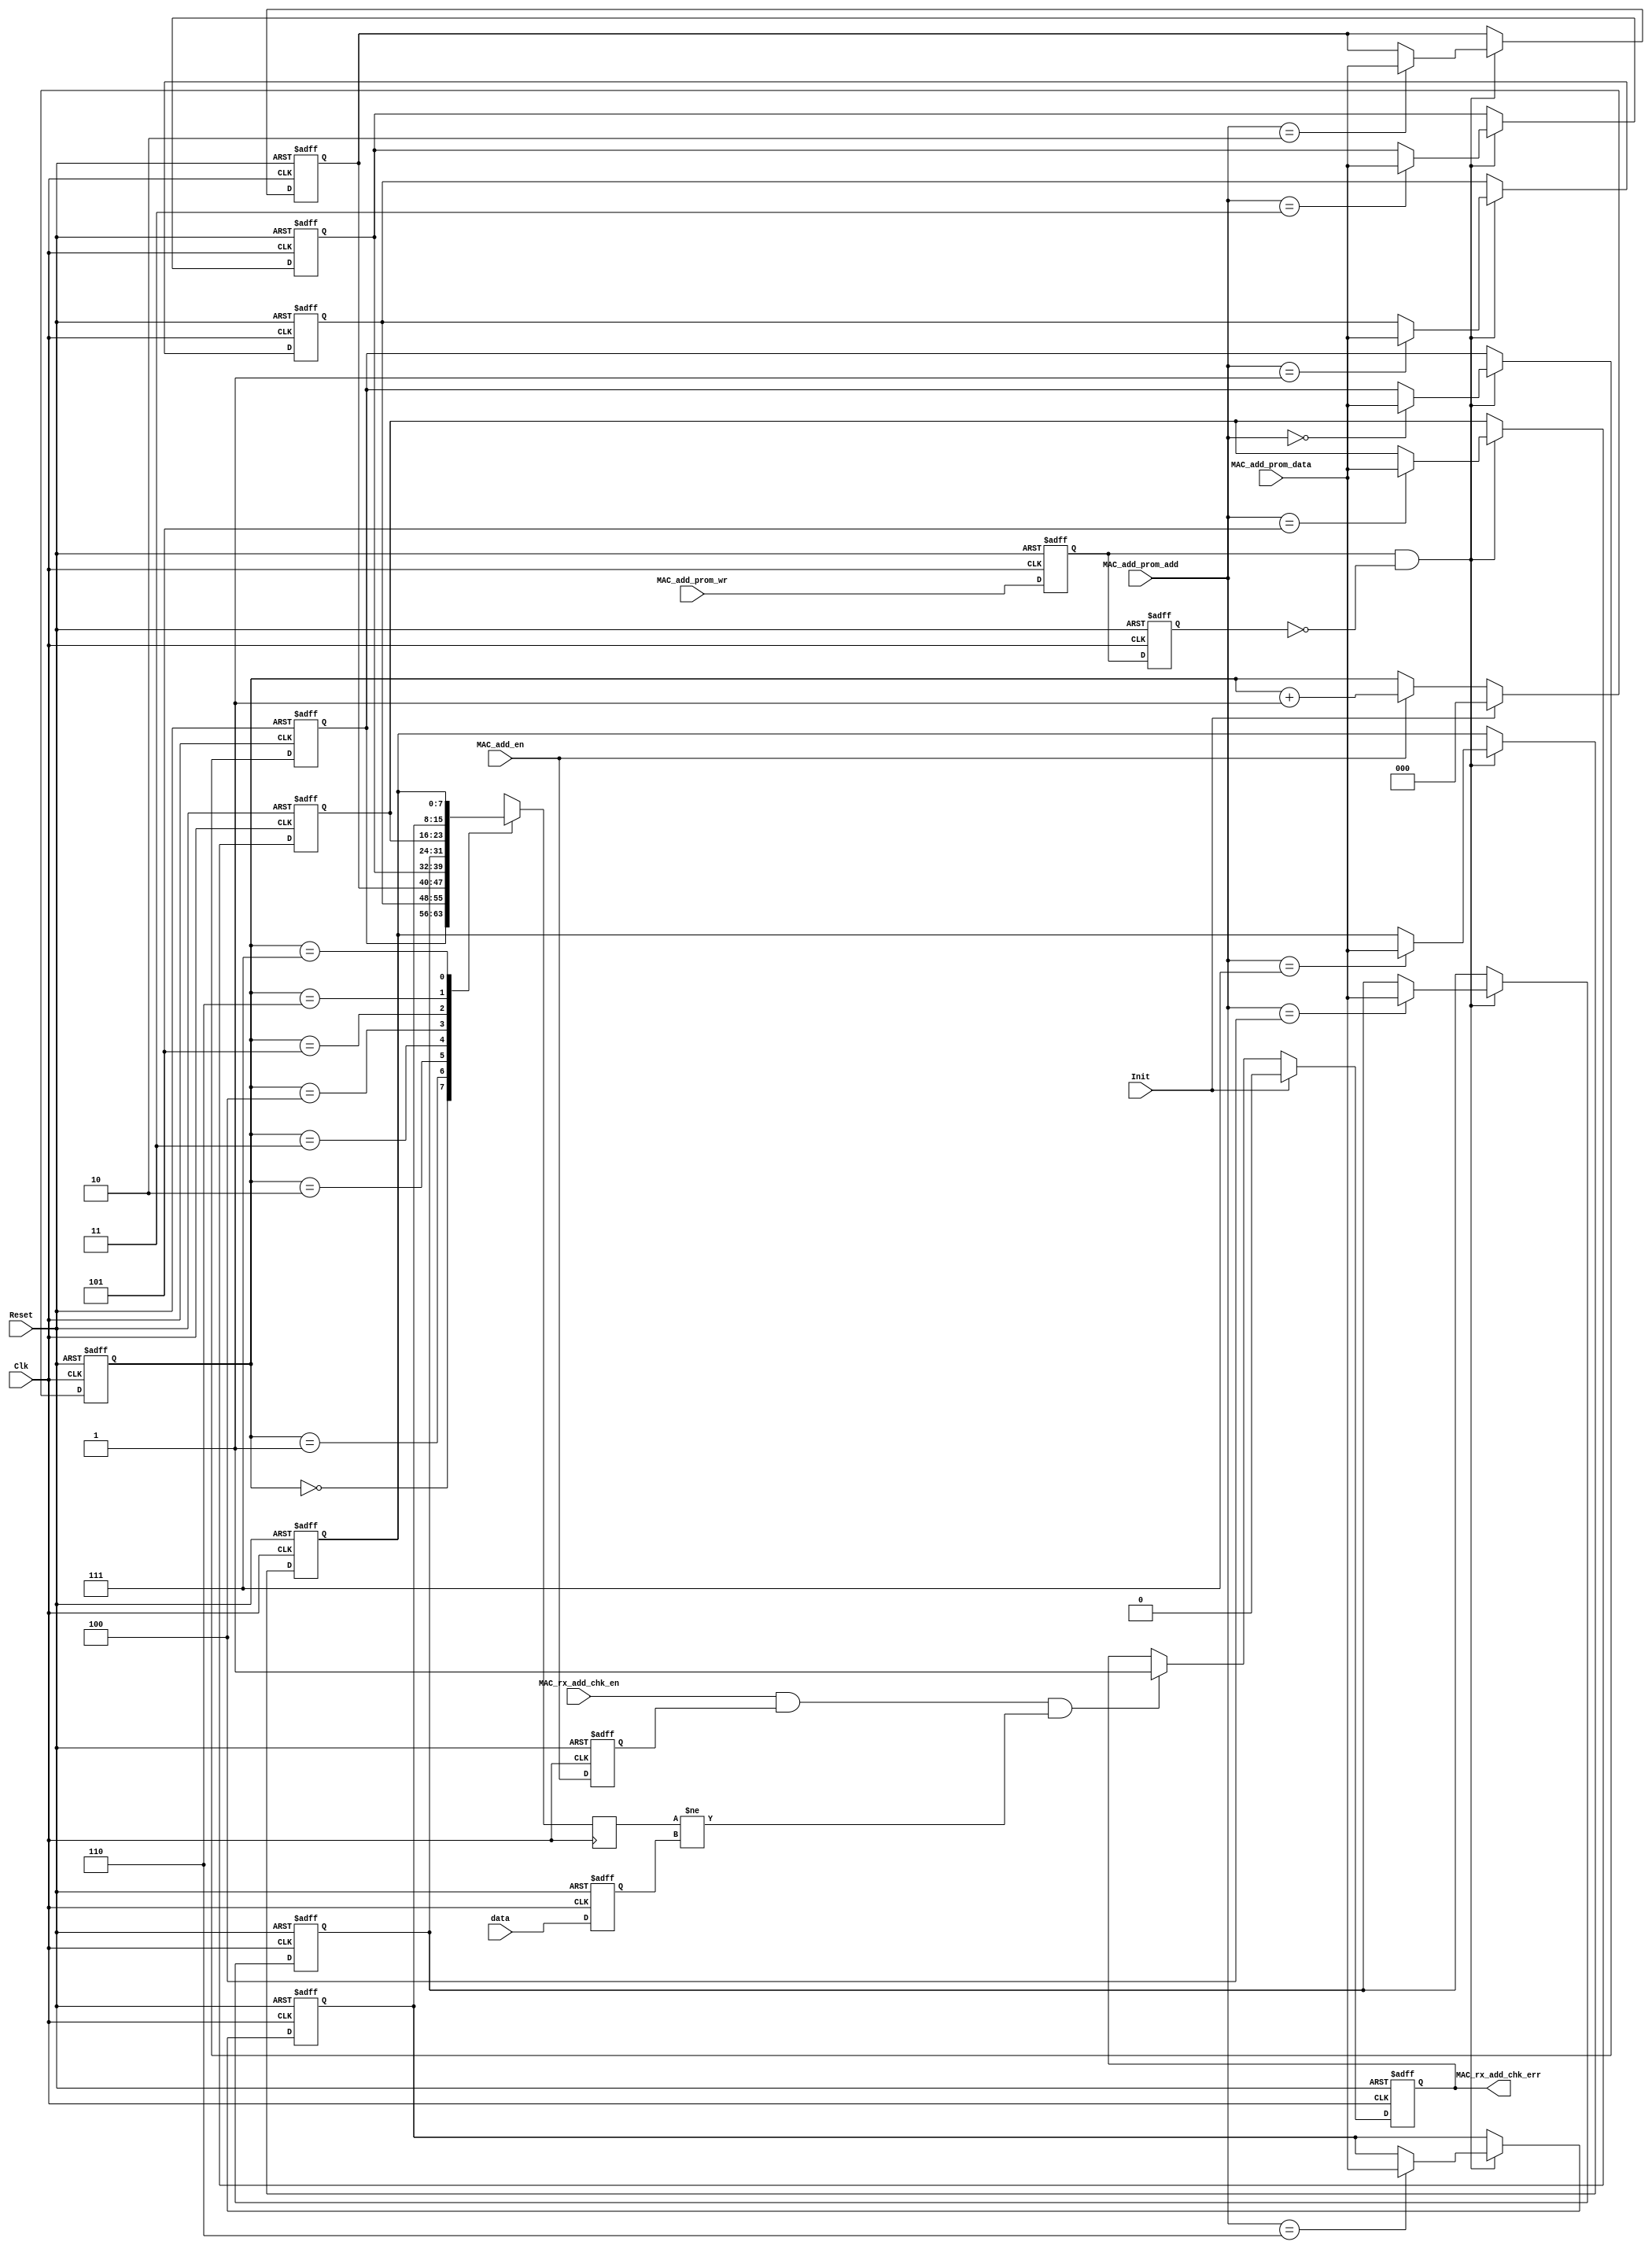
//////////////////////////////////////////////////////////////////////
////                                                              ////
////  MAC_rx_add_chk.v                                            ////
////                                                              ////
////  This file is part of the Ethernet IP core project           ////
////  http://www.opencores.org/projects.cgi/wr_en/ethernet_tri_mode/////
////                                                              ////
////  Author(s):                                                  ////
////      - Jon Gao (gaojon@yahoo.com)                            ////
////                                                              ////
////                                                              ////
//////////////////////////////////////////////////////////////////////
////                                                              ////
//// Copyright (C) 2001 Authors                                   ////
////                                                              ////
//// This source file may be used and distributed without         ////
//// restriction provided that this copyright statement is not    ////
//// removed from the file and that any derivative work contains  ////
//// the original copyright notice and the associated disclaimer. ////
////                                                              ////
//// This source file is free software; you can redistribute it   ////
//// and/or modify it under the terms of the GNU Lesser General   ////
//// Public License as published by the Free Software Foundation; ////
//// either version 2.1 of the License, or (at your option) any   ////
//// later version.                                               ////
////                                                              ////
//// This source is distributed in the hope that it will be       ////
//// useful, but WITHOUT ANY WARRANTY; without even the implied   ////
//// warranty of MERCHANTABILITY or FITNESS FOR A PARTICULAR      ////
//// PURPOSE.  See the GNU Lesser General Public License for more ////
//// details.                                                     ////
////                                                              ////
//// You should have received a copy of the GNU Lesser General    ////
//// Public License along with this source; if not, download it   ////
//// from http://www.opencores.org/lgpl.shtml                     ////
////                                                              ////
//////////////////////////////////////////////////////////////////////
//                                                                    
// CVS Revision History                                               
//                                                                    
// $Log: not supported by cvs2svn $
// Revision 1.2  2005/12/16 06:44:17  Administrator
// replaced tab with space.
// passed 9.6k length frame test.
//
// Revision 1.1.1.1  2005/12/13 01:51:45  Administrator
// no message
//                                           

module MAC_rx_add_chk (     
Reset               ,                                
Clk                 ,                                
Init                ,                                
data                ,                                
MAC_add_en          ,                                
MAC_rx_add_chk_err  ,                                
//From CPU                                         
MAC_rx_add_chk_en   ,                                
MAC_add_prom_data   ,       
MAC_add_prom_add    ,       
MAC_add_prom_wr             

);
input           Reset               ;
input           Clk                 ;
input           Init                ;
input   [7:0]   data                ;
input           MAC_add_en          ;
output          MAC_rx_add_chk_err  ;
                //From CPU
input           MAC_rx_add_chk_en   ;   
input   [7:0]   MAC_add_prom_data   ;   
input   [2:0]   MAC_add_prom_add    ;   
input           MAC_add_prom_wr     ;   

//******************************************************************************   
//internal signals                                                              
//******************************************************************************
reg [2:0]   addr_rd;
wire[2:0]   addr_wr;
wire[7:0]   din;
wire[7:0]   dout;
wire        wr_en;

reg         MAC_rx_add_chk_err;
reg         MAC_add_prom_wr_dl1;
reg         MAC_add_prom_wr_dl2;
reg [7:0]   data_dl1                ;
reg         MAC_add_en_dl1          ;
//******************************************************************************   
//write data from cpu to prom                                                              
//******************************************************************************
always @ (posedge Clk or posedge Reset)
    if (Reset)
        begin
        data_dl1            <=0;
        MAC_add_en_dl1      <=0;
        end
    else
        begin
        data_dl1            <=data;
        MAC_add_en_dl1      <=MAC_add_en;
        end        

always @ (posedge Clk or posedge Reset)
    if (Reset)
        begin
        MAC_add_prom_wr_dl1     <=0;
        MAC_add_prom_wr_dl2     <=0;
        end
    else
        begin
        MAC_add_prom_wr_dl1     <=MAC_add_prom_wr;
        MAC_add_prom_wr_dl2     <=MAC_add_prom_wr_dl1;
        end    
         
assign wr_en      =MAC_add_prom_wr_dl1&!MAC_add_prom_wr_dl2;
assign addr_wr    =MAC_add_prom_add;
assign din        =MAC_add_prom_data;

//******************************************************************************   
//mac add verify                                                             
//******************************************************************************
always @ (posedge Clk or posedge Reset)
    if (Reset)
        addr_rd       <=0;
    else if (Init)
        addr_rd       <=0;
    else if (MAC_add_en)
        addr_rd       <=addr_rd + 1;
        
always @ (posedge Clk or posedge Reset)
    if (Reset)
        MAC_rx_add_chk_err  <=0;
    else if (Init)
        MAC_rx_add_chk_err  <=0;
    else if (MAC_rx_add_chk_en&&MAC_add_en_dl1&&dout!=data_dl1)
        MAC_rx_add_chk_err  <=1;
        
		
		
	reg [7:0] MacAddr[0:7];
	
	always@(posedge Clk or posedge Reset)
		if(Reset)
			begin 
				MacAddr[0]<=8'h00;
				MacAddr[1]<=8'h1F;
				MacAddr[2]<=8'h02;
				MacAddr[3]<=8'h03;
				MacAddr[4]<=8'hAA;
				MacAddr[5]<=8'hBB;
				MacAddr[6]<=8'h00;
				MacAddr[7]<=8'h00;
			end
		else 
			if(wr_en)
				MacAddr[addr_wr]<=din;
	reg [7:0] MacData;
		always@(posedge Clk)
			MacData <= MacAddr[addr_rd];
	assign dout = MacData;
	
//******************************************************************************   
//a port for read ,b port for write .
//******************************************************************************     
//duram #(8,3,"M512","DUAL_PORT") U_duram(
//.data_a         (din       ),
//.wren_a         (wr_en        ),
//.address_a      (addr_wr      ),
//.address_b      (addr_rd      ),
//.clock_a        (Clk        ),
//.clock_b        (Clk        ),
//.q_b            (dout      ));

endmodule